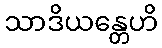
သာဒိယန္တေဟိ